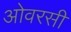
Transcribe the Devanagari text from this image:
ओवरसी